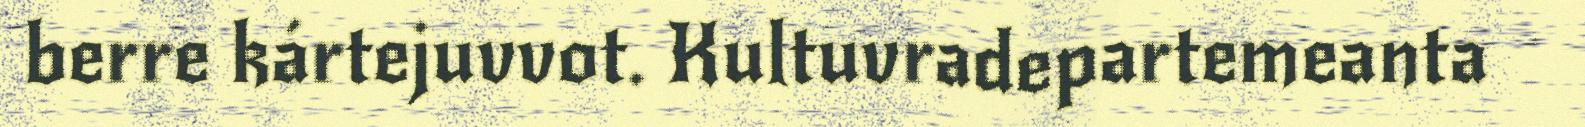
berre kártejuvvot. Kultuvradepartemeanta